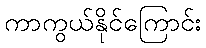
ကာကွယ်နိုင်ကြောင်း